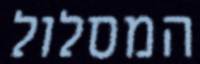
המסלול